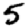
Digit: 5